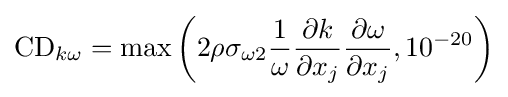
{\rm {CD}}_{k\omega }={\rm {max}}\left(2\rho \sigma _{\omega 2}{\frac {1}{\omega }}{\frac {\partial k}{\partial x_{j}}}{\frac {\partial \omega }{\partial x_{j}}},10^{-20}\right)